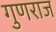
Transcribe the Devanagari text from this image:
गुणराज